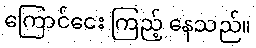
ကြောင်ငေး ကြည့် နေသည်။